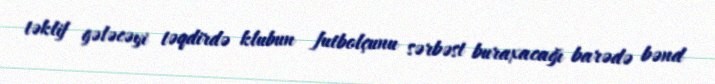
təklif gələcəyi təqdirdə klubun futbolçunu sərbəst buraxacağı barədə bənd